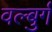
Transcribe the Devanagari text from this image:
वल्बुर्ग